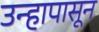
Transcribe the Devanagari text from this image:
उन्हापासून